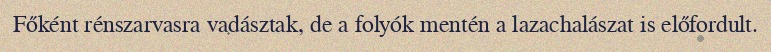
Főként rénszarvasra vadásztak, de a folyók mentén a lazachalászat is előfordult.